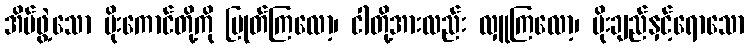
အိမ်ဖွဲ့သော ပိုးကောင်တို့ကို ပြုတ်ကြလော့၊ ငါတို့အားလည်း လှူကြလော့၊ ပိုးချည်နှင့်ရောသော